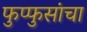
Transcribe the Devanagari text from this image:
फुप्फुसांचा